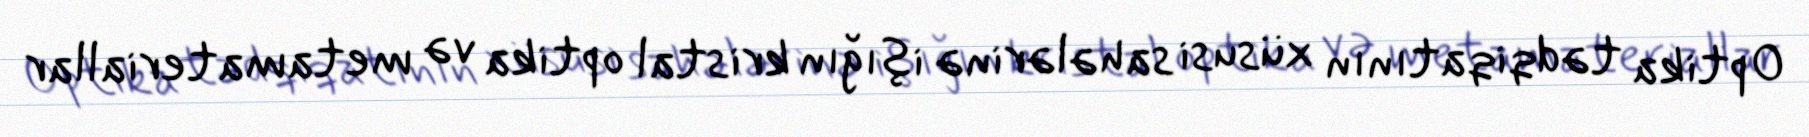
Optika tədqiqatının xüsusi sahələrinə işığın kristal optika və metamateriallar